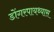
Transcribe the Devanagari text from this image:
डोंगरपायथ्यास